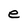
Character: e